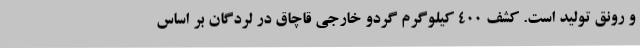
و رونق تولید است. کشف 400 کیلوگرم گردو خارجی قاچاق در لردگان بر اساس